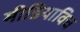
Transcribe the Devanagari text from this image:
मीडियाविच